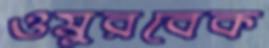
ওমুরবেক